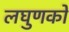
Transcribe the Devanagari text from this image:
लघुणकों